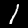
Label: 1